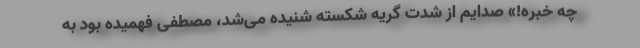
چه خبره!» صدایم از شدت گریه شکسته شنیده می‌شد، مصطفی فهمیده بود به